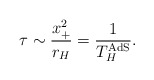
\begin{align*} \tau \sim \frac{x_{+}^2}{r_{H}} = \frac{1}{T^{\rm AdS}_{H}}.\end{align*}